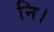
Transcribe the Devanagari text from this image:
नि।